Civil Veterinary Dept. Bombay admin report 1907-1913 - 1907-1913
Year: 1907
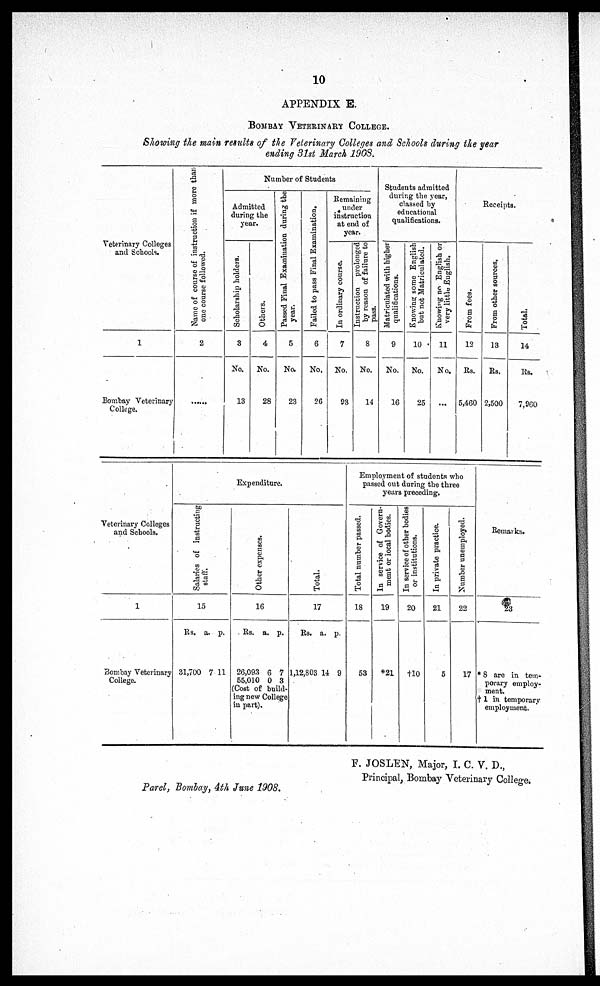
10
APPENDIX E.
BOMBAY VETERINARY COLLEGE.
Showing the main results of the Veterinary Colleges and Schools during the year
ending 31st March 1908.
Veterinary Colleges
and Schools.
1
Bombay Veterinary
College.
Name of course of instruction if more than
one course followed.
2
......
Number of Students
Admitted
during the
year.
Scholarship holders.
3
No.
13
Others.
4
No.
28
Passed Pinal Examination during the
year.
5
No.
23
Failed to pass Final Examination,
6
No.
26
Ramaining
under
instruction
at end of
year.
In ordinary course.
7
No.
93
Instruction prolonged
by reason of failure to
pass.
8
No.
14
Students admitted
during the year,
classed by
educational
qualifications.
Matriculated with higher
qualifications.
9
No.
16
Knowing some English
hut not Matriculated.
10
No.
25
Knowing no English or
very little English.
11
No.
...
Fr om fees.
12
Rs.
5,460
Receipts.
From other sources.
13
Rs.
2,500
Total.
14
Rs.
7,960
Veterinary Colleges
and Schools.
1
Bombay Veterinary
College.
Salaries of instructing
staff.
15
Rs. a. p.
31,700 7 11
Expenditure.
Other expenses.
16
Rs. a. p.
26,093 6 7
55,010 0 3
(Cost of build-
ing new College
in part).
Total.
17
Rs. a. p.
1,12,803 14 9
Employment of students who
passed out during the three
years preceding.
Total number passed.
18
53
In service of Govern-
ment or local bodies.
19
*21
In service of other bodies
or institutions.
20
+10
In private practice.
21
5
Number unemployed.
22
17
Remarks.
23
* 8 are in tem-
porary employ-
ment.
† 1 in temporary
employment.
Parel, Bombay, 4th June 1908.
F. JOSLEN, Major, I. C. V. D.,
Principal, Bombay Veterinary College.